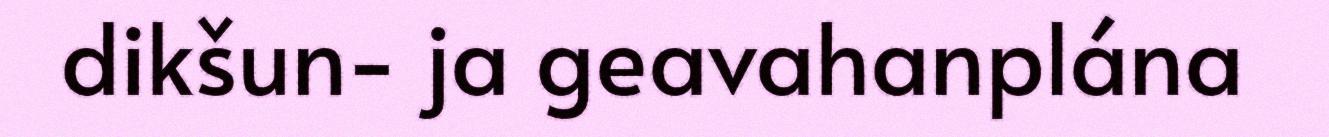
dikšun- ja geavahanplána